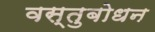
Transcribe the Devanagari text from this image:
वस्तुबोधन